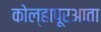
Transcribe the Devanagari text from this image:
कोल्हापूरआता